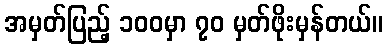
အမှတ်ပြည့် ၁၀၀မှာ ၇၀ မှတ်ဖိုးမှန်တယ်။